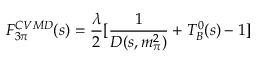
F _ { 3 \pi } ^ { C V M D } ( s ) = \frac { \lambda } { 2 } [ \frac { 1 } { D ( s , m _ { \pi } ^ { 2 } ) } + T _ { B } ^ { 0 } ( s ) - 1 ]